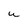
Character: w